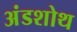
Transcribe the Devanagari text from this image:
अंडशोथ